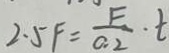
2 . 5 F = \frac { F } { 0 . 2 } \cdot t